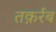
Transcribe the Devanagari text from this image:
तक़र्रब